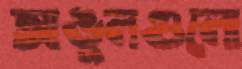
আঙুলগুলো